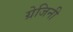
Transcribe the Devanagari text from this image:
ग्रेजिनी